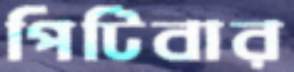
পিটিবার